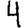
Digit: 4